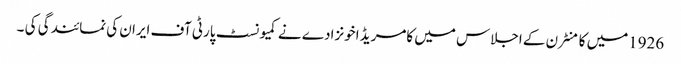
1926میں کامنٹرن کے اجلاس میں کامریڈ اخونزادے نے کمیونسٹ پارٹی آف ایران کی نمائندگی کی ۔